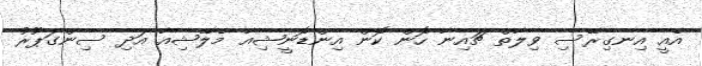
އެއީ އިނގިރޭސި ވިލާތް ޗައިނާ ހޮން ކޮން އިންޑޮނީޝިއާ މެލޭޝިއާ އަދި ސިންގަޕޫރު